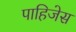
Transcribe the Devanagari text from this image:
पाहिजेस